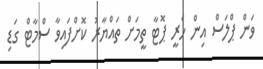
ވަން ޕްލަސް އިން ހެރީ ޕޮޓާ ތީމަށް ތައްޔާރު ކޮށްފައިވާ ސްމާޓް ގަޑި